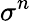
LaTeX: \sigma^{n}